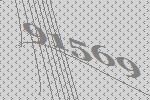
91569